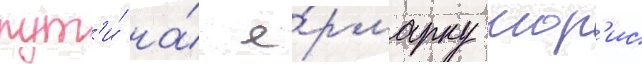
пут'и́ на́ я́рмарку мор'ис